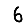
Digit: 6